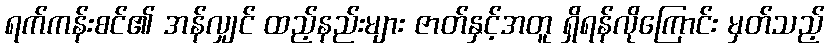
ရက်ကန်းစင်၏ အန်လျှင် ထည့်နည်းများ ဇာတ်နှင့်အတူ ရှိရန်လိုကြောင်း မှတ်သည့်